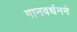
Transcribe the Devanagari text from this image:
गानवर्धनने